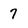
Character: 7